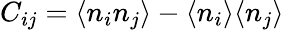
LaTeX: C_{ij}=\langle n_{i}n_{j}\rangle-\langle n_{i}\rangle\langle n_{j}\rangle